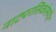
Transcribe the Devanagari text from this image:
नाट्यरसिकांसमोर